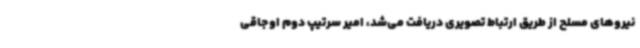
نیروهای مسلح از طریق ارتباط تصویری دریافت می‌شد، امیر سرتیپ دوم اوجاقی